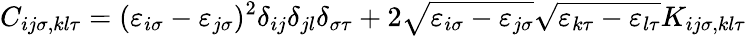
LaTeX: C_{ij\sigma,kl\tau}=(\varepsilon_{i\sigma}-\varepsilon_{j\sigma})^{2}\delta_{ij}\delta_{jl}\delta_{\sigma\tau}+2\sqrt{\varepsilon_{i\sigma}-\varepsilon_{j\sigma}}\sqrt{\varepsilon_{k\tau}-\varepsilon_{l\tau}}K_{ij\sigma,kl\tau}